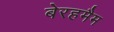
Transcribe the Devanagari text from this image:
बेरहमैम